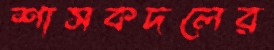
শাসকদলের